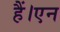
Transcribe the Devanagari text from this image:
हैं।एन